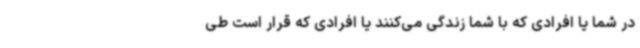
در شما یا افرادی که با شما زندگی می‌کنند یا افرادی که قرار است طی